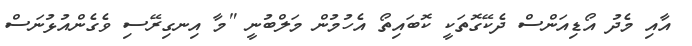
އާއި މެދު އޯޑިއަންސް ދެކޭގޮތަކީ ކޮބައިތޯ އެހުމުން މަލްބުނީ "މާ އިނގިރޭސި ވެގެންއުޅުނަސް